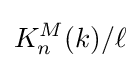
K_{n}^{M}(k)/\ell